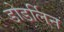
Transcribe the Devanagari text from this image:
डोडर्लिन